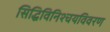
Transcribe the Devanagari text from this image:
सिद्धिविनिश्चयविवरण